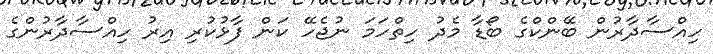
ހިއްސާދާރުން ބޭންކްގެ ބޯޑާ މެދު ހިތްހަމަ ނުޖެހޭ ކަން ފާޅުކުރި އިރު ހިއްސާދާރުންގެ